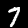
Digit: 7